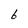
Character: 6